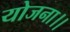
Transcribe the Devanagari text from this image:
योजना।।